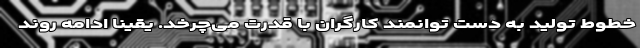
خطوط تولید به دست توانمند کارگران با قدرت می‌چرخد. یقینا ادامه روند